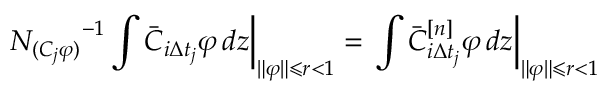
\left. { N _ { ( C _ { j } \varphi ) } } ^ { - 1 } \int \bar { C } _ { i \Delta t _ { j } } \varphi \mathop { } \! { d { z } } \right| _ { \| \varphi \| \leqslant r < 1 } = \left. \int \bar { C } _ { i \Delta t _ { j } } ^ { [ n ] } \varphi \mathop { } \! { d { z } } \right| _ { \| \varphi \| \leqslant r < 1 }